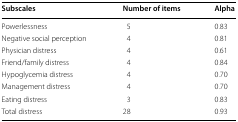
<table><thead><tr><td><b>Subscales</b></td><td><b>Number of items</b></td><td><b>Alpha</b></td></tr></thead><tbody><tr><td>Powerlessness</td><td>5</td><td>0.83</td></tr><tr><td>Negative social perception</td><td>4</td><td>0.81</td></tr><tr><td>Physician distress</td><td>4</td><td>0.61</td></tr><tr><td>Friend/family distress</td><td>4</td><td>0.84</td></tr><tr><td>Hypoglycemia distress</td><td>4</td><td>0.70</td></tr><tr><td>Management distress</td><td>4</td><td>0.70</td></tr><tr><td>Eating distress</td><td>3</td><td>0.83</td></tr><tr><td>Total distress</td><td>28</td><td>0.93</td></tr></tbody></table>